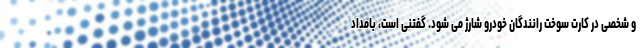
و شخصی در کارت سوخت رانندگان خودرو شارژ می شود. گفتنی است، بامداد